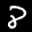
Label: 8